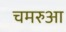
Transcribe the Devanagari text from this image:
चमरुआ